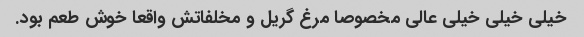
خیلی خیلی خیلی عالی مخصوصا مرغ گریل و مخلفاتش واقعا خوش طعم بود.